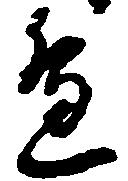
辺